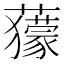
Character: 𧃶